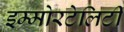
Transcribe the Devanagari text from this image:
इम्मोरटेलिटी